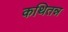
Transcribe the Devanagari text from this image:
कथितन्न